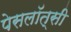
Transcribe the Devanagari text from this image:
पेसलॉत्सी